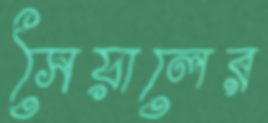
সৈয়ালের